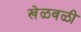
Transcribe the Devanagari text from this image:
खेळवळी